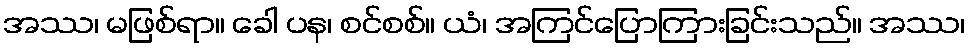
အဿ၊ မဖြစ်ရာ။ ခေါ ပန၊ စင်စစ်။ ယံ၊ အကြင်ပြောကြားခြင်းသည်။ အဿ၊